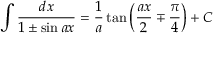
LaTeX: \int { \frac { d x } { 1 \pm \sin a x } } = { \frac { 1 } { a } } \tan \left( { \frac { a x } { 2 } } \mp { \frac { \pi } { 4 } } \right) + C